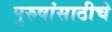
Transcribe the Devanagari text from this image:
पुरुषांसाठीचे